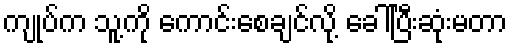
ကျုပ်က သူ့ကို ကောင်းစေချင်လို့ ခေါ်ပြီးဆုံးမတာ